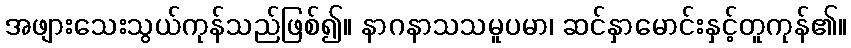
အဖျားသေးသွယ်ကုန်သည်ဖြစ်၍။ နာဂနာသသမူပမာ၊ ဆင်နှာမောင်းနှင့်တူကုန်၏။